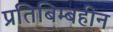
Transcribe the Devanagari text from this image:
प्रतिबिम्बहीन